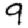
Digit: 9